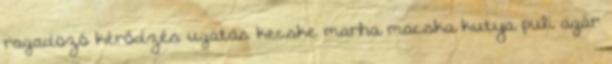
ragadozó kérődzés ugatás kecske marha macska kutya puli agár